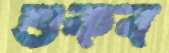
শুকব